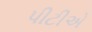
પીટીએ